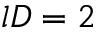
l D = 2